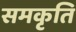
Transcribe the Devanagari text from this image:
समकृति